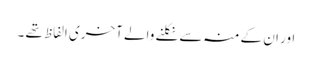
اور ان کے منہ سے نکلنے والے آخری الفاظ تھے ۔